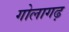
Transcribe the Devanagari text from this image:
गोलागढ़